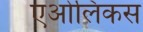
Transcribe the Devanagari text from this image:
एओलिकस